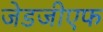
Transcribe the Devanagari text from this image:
जेडजीएफ